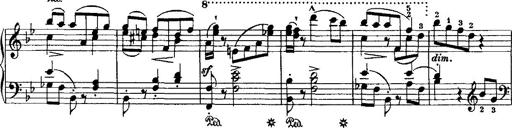
Title: Grande valse di bravura
Composer: Franz Liszt